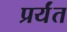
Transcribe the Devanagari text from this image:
प्रर्यंत